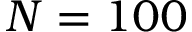
N = 1 0 0